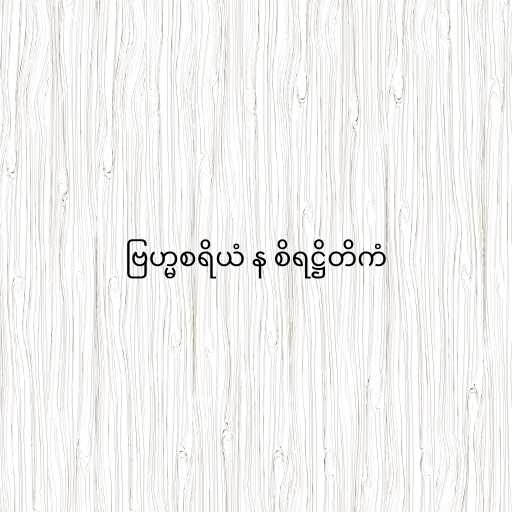
ဗြဟ္မစရိယံ န စိရဋ္ဌိတိကံ